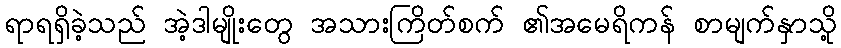
ရာရရှိခဲ့သည် အဲ့ဒါမျိုးတွေ အသားကြိတ်စက် ၏အမေရိကန် စာမျက်နှာသို့